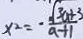
x ^ { 2 } = - \frac { \sqrt { 3 a + 3 } } { a + 1 }